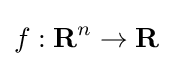
f:\mathbf {R} ^{n}\to \mathbf {R}